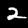
Digit: 2